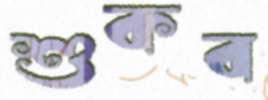
শুকব